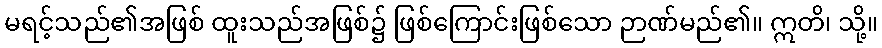
မရင့်သည်၏အဖြစ် ထူးသည်အဖြစ်၌ ဖြစ်ကြောင်းဖြစ်သော ဉာဏ်မည်၏။ ဣတိ၊ သို့။